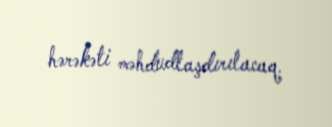
hərəkəti məhdudlaşdırılacaq.